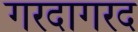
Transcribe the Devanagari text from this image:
गरदागरद